Lunatic asylums in Bengal annual reports 1899-1911 - 1899-1911
Year: 1899
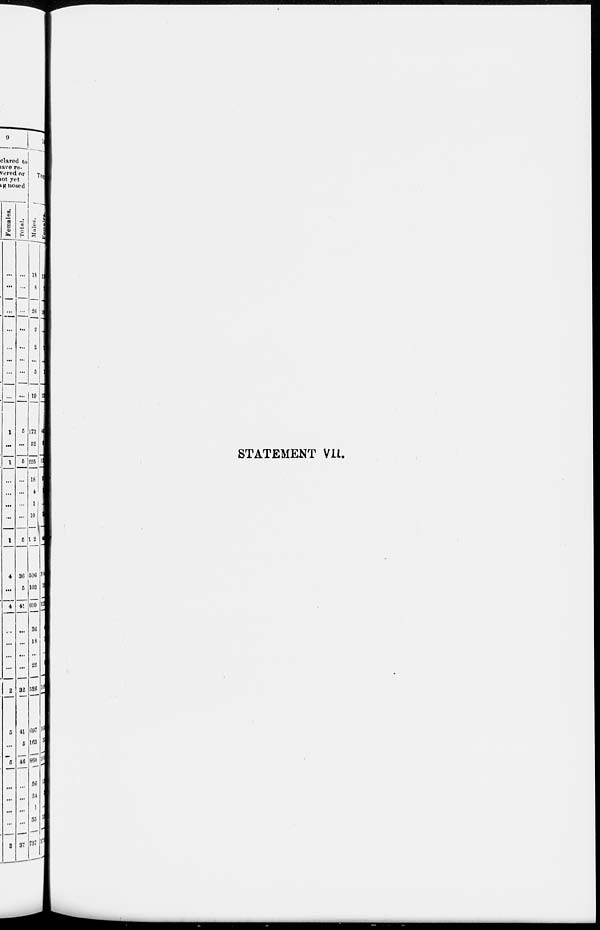
STATEMENT VII.